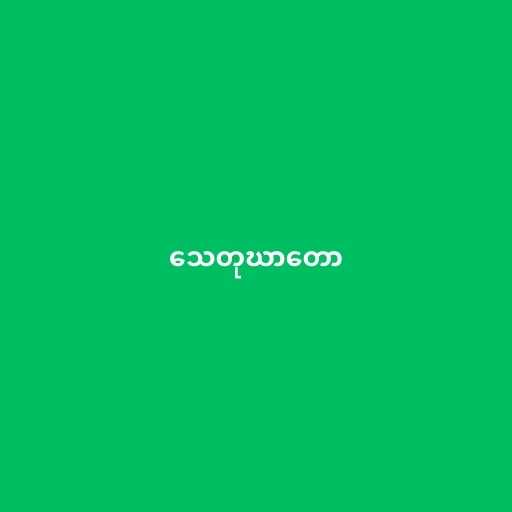
သေတုဃာတော